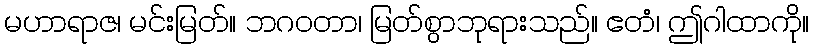
မဟာရာဇ၊ မင်းမြတ်။ ဘဂဝတာ၊ မြတ်စွာဘုရားသည်။ ဧတံ၊ ဤဂါထာကို။